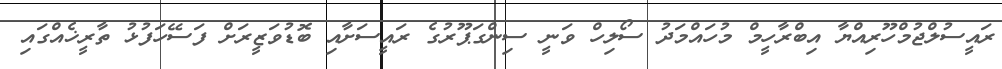
ރައީސުލްޖުމްހޫރިއްޔާ އިބްރާހީމް މުހައްމަދު ސޯލިހް ވަނީ ސިންގަޕޫރުގެ ރައީސަށާއި ބޮޑުވަޒީރަށް ފަސޭހަފުޅު ތާރީޚެއްގައި